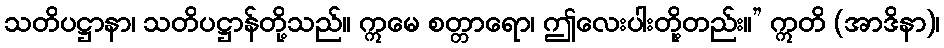
သတိပဋ္ဌာနာ၊ သတိပဋ္ဌာန်တို့သည်။ ဣမေ စတ္တာရော၊ ဤလေးပါးတို့တည်း။” ဣတိ (အာဒိနာ)၊